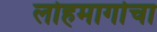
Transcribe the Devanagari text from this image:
लोहमार्गाचा